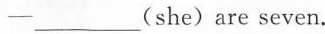
--___(she)are seven.